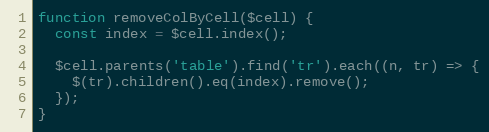
Language: JavaScript
function removeColByCell($cell) {
  const index = $cell.index();

  $cell.parents('table').find('tr').each((n, tr) => {
    $(tr).children().eq(index).remove();
  });
}